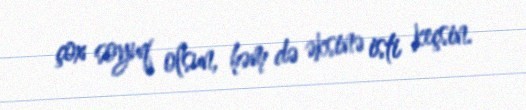
çox soyuq olsun, həm də əksinə isti keçsin.